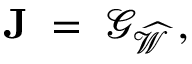
\mathbf { J } \; = \; { \mathcal G } _ { \widehat { \mathcal W } } \, ,